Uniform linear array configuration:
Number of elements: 12
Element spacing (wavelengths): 0.5
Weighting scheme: cosine
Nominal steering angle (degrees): -60
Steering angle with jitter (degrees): -59.911
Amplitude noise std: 0.05
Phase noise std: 0.05

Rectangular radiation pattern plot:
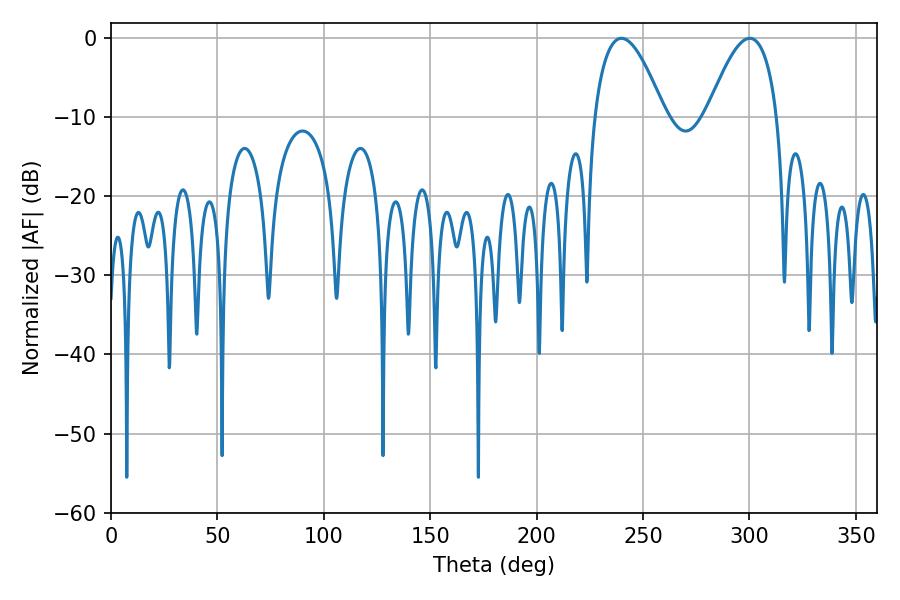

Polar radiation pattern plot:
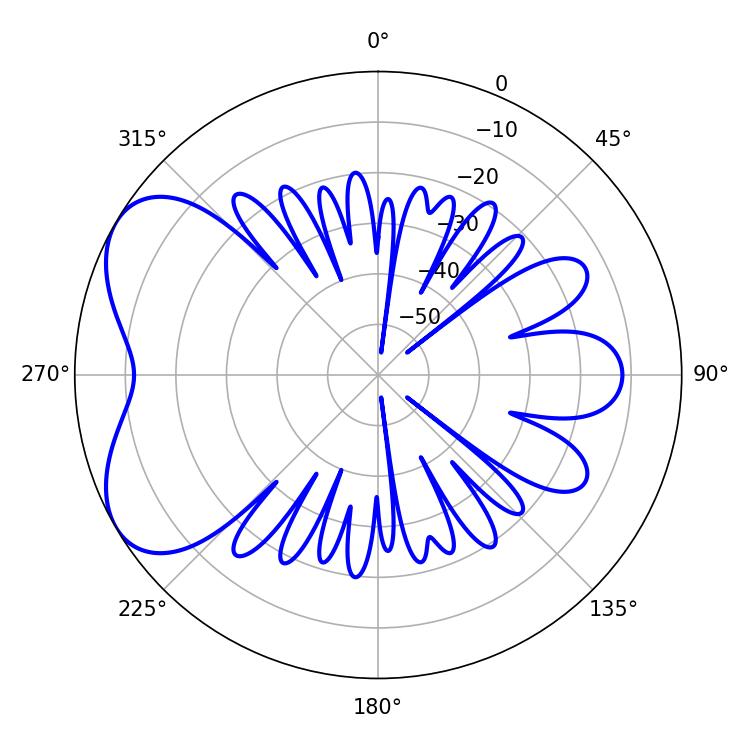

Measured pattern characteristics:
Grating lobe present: FALSE
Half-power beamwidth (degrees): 18.18
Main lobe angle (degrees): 300.06